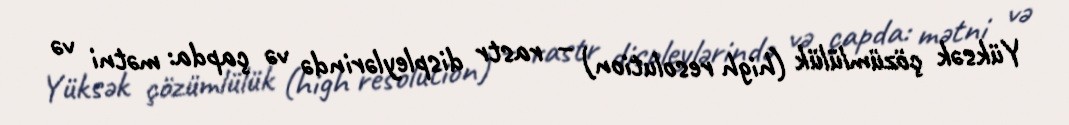
Yüksək çözümlülük (high resolution) – rastr displeylərində və çapda: mətni və